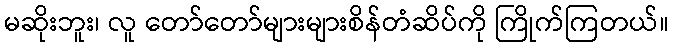
မဆိုးဘူး၊ လူ တော်တော်များများစိန်တံဆိပ်ကို ကြိုက်ကြတယ်။